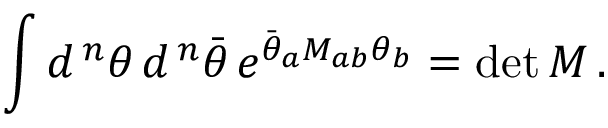
\int d ^ { \, n } \theta \, d ^ { \, n } \bar { \theta } \, e ^ { \bar { \theta } _ { a } M _ { a b } \theta _ { b } } = \operatorname* { d e t } M \, .